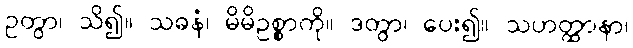
ဥတွာ၊ သိ၍။ သဓနံ၊ မိမိဥစ္စာကို။ ဒတွာ၊ ပေး၍။ သဟတ္ထာနာ၊